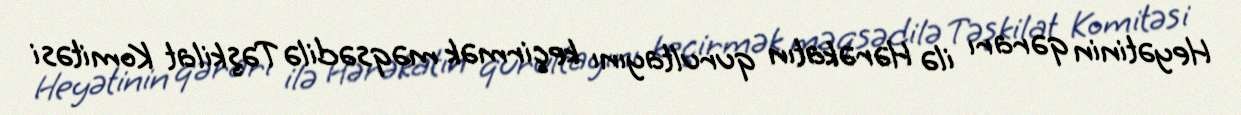
Heyətinin qərarı ilə Hərəkatın qurultayını keçirmək məqsədilə Təşkilat Komitəsi